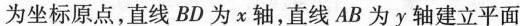
为坐标原点，直线BD为χ轴，直线AB为y轴建立平面